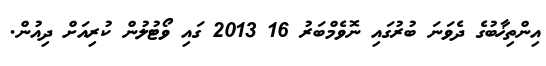
އިންތިޚާބުގެ ދެވަނަ ބުރުގައި ނޮވެމްބަރު 16 2013 ގައި ވޯޓުލުން ކުރިއަށް ދިއުން.